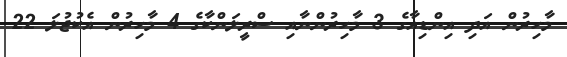
މާހިރުން އަދި އިންޑިއާގެ 3 މާހިރުންނާއި ސްރީލަންކާގެ 4 މާހިރުން އެކުޖުލަ 22